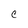
Character: C